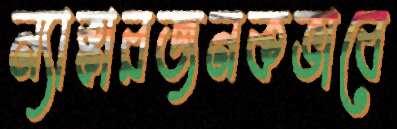
ন্যাক্কারজনকভাবে